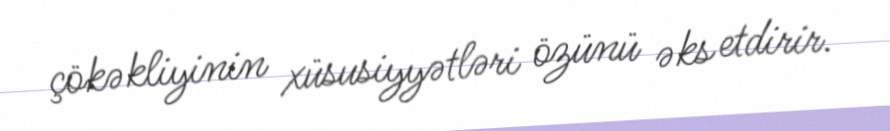
çökəkliyinin xüsusiyyətləri özünü əks etdirir.